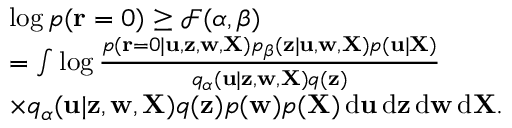
\begin{array} { r l } & { \log p ( { \mathbf r } = \b 0 ) \geq { \mathcal { F } } ( \alpha , \beta ) } \\ & { = \int \log \frac { p ( { \mathbf r } = \b 0 | { \mathbf u } , { \mathbf z } , { \mathbf w } , { \mathbf X } ) p _ { \beta } ( { \mathbf z } | { \mathbf u } , { \mathbf w } , { \mathbf X } ) p ( { \mathbf u } | { \mathbf X } ) } { q _ { \alpha } ( { \mathbf u } | { \mathbf z } , { \mathbf w } , { \mathbf X } ) q ( { \mathbf z } ) } } \\ & { \times q _ { \alpha } ( { \mathbf u } | { \mathbf z } , { \mathbf w } , { \mathbf X } ) q ( { \mathbf z } ) p ( { \mathbf w } ) p ( { \mathbf X } ) \, { \mathrm d } { \mathbf u } \, { \mathrm d } { \mathbf z } \, { \mathrm d } { \mathbf w } \, { \mathrm d } { \mathbf X } . } \end{array}